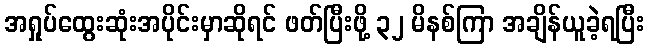
အရှုပ်ထွေးဆုံးအပိုင်းမှာဆိုရင် ဖတ်ပြီးဖို့ ၃၂ မိနစ်ကြာ အချိန်ယူခဲ့ရပြီး